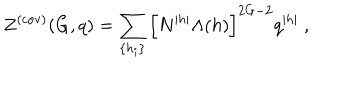
Z ^ { ( \mathrm { c o v ) } } ( G , q ) = \sum _ { \{ h _ { i } \} } \left[ N ^ { | h | } \Lambda ( h ) \right] ^ { 2 G - 2 } q ^ { | h | } ~ ,